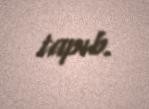
tapıb.